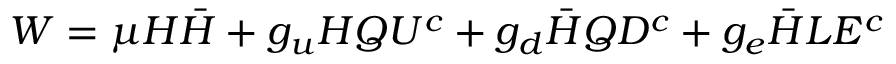
W = \mu H \bar { H } + g _ { u } H Q U ^ { c } + g _ { d } \bar { H } Q D ^ { c } + g _ { e } \bar { H } L E ^ { c }